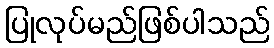
ပြုလုပ်မည်ဖြစ်ပါသည်